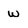
Character: w